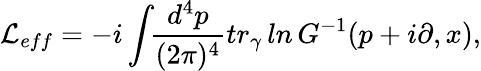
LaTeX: {\cal L}_{eff}=-i\int\! \! {\frac{d^{4}p}{(2\pi)^{4}}}tr_{\gamma}\, ln\, G^{-1}(p+i\partial,x),